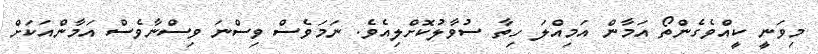
މިވަނީ ކީއްވެގެންތޯ އަމާން އަމިއްލަ ހިތާ ސުވާލުކޮށްލިއެވެ. ނަމަވެސް ވިސްނަ ވިސްނާވެސް އަމާންއަކަށް